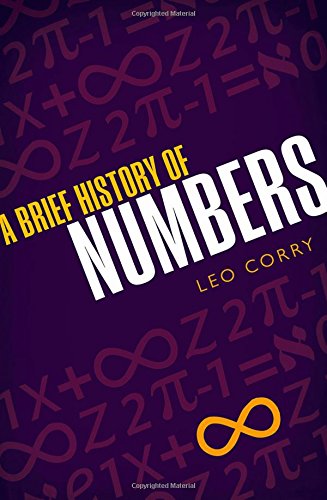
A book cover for A Brief History of Numbers; Leo Corry; Science & Math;